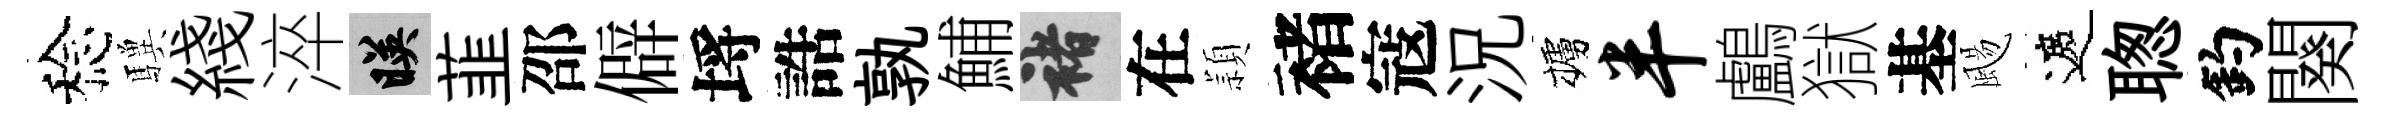
稔驥綫淬映韮邵僻埓誥孰鯆褚在頴褚寇況櫨半鸕獄基颺遮聦釣闋